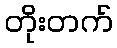
တိုးတက်